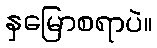
နှမြောစရာပဲ။